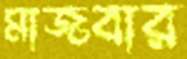
মাজবার